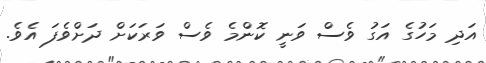
އަދި މަހުގެ އަގު ވެސް ވަނީ ކޮންމެެ ވެސް ވަރަކަށް ދަށްވެފަ އެވެ.